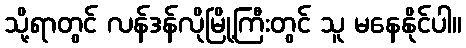
သို့ရာတွင် လန်ဒန်လိုမြို့ကြီးတွင် သူ မနေနိုင်ပါ။